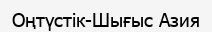
Оңтүстік-Шығыс Азия